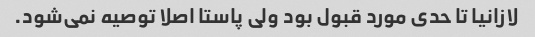
لازانیا تا حدی مورد قبول بود ولی پاستا اصلا توصیه نمی‌شود.